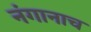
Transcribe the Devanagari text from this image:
नंगानाच